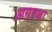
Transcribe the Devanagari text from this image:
अग्रजा